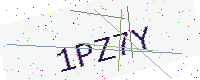
Text: 1PZ7Y